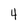
Character: 4